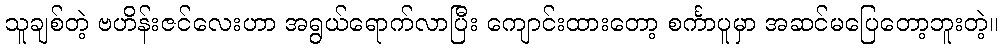
သူချစ်တဲ့ ဗဟိန်းဇင်လေးဟာ အရွယ်ရောက်လာပြီး ကျောင်းထားတော့ စင်္ကာပူမှာ အဆင်မပြေတော့ဘူးတဲ့။